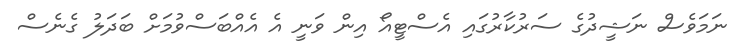
ނަމަވެސް ނަޝީދުގެ ސަރުކާރުގައި އެސްޓީއޯ އިން ވަނީ އެ އެއްބަސްވުމަށް ބަދަލު ގެނެސް